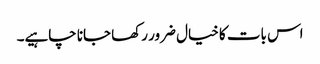
اس بات کا خیال ضرور رکھا جانا چاہیے۔